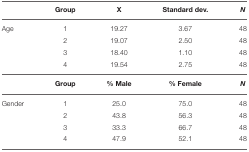
<table><thead><tr><td></td><td><b>Group</b></td><td><b>X</b></td><td><b>Standard dev.</b></td><td><b><i>N</i></b></td></tr></thead><tbody><tr><td>Age</td><td>1</td><td>19.27</td><td>3.67</td><td>48</td></tr><tr><td></td><td>2</td><td>19.07</td><td>2.50</td><td>48</td></tr><tr><td></td><td>3</td><td>18.40</td><td>1.10</td><td>48</td></tr><tr><td></td><td>4</td><td>19.54</td><td>2.75</td><td>48</td></tr><tr><td></td><td><b>Group</b></td><td><b>% Male</b></td><td><b>% Female</b></td><td><i><b>N</b></i></td></tr><tr><td>Gender</td><td>1</td><td>25.0</td><td>75.0</td><td>48</td></tr><tr><td></td><td>2</td><td>43.8</td><td>56.3</td><td>48</td></tr><tr><td></td><td>3</td><td>33.3</td><td>66.7</td><td>48</td></tr><tr><td></td><td>4</td><td>47.9</td><td>52.1</td><td>48</td></tr></tbody></table>